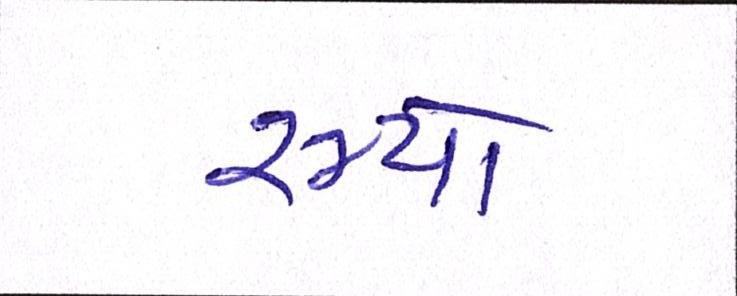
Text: રમ્યો